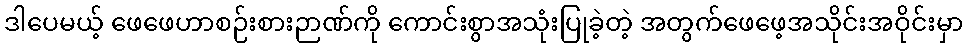
ဒါပေမယ့် ဖေဖေဟာစဉ်းစားဉာဏ်ကို ကောင်းစွာအသုံးပြုခဲ့တဲ့ အတွက်ဖေဖေ့အသိုင်းအဝိုင်းမှာ